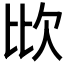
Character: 𣢋